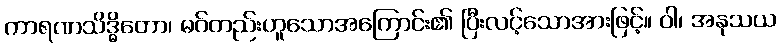
ကာရဏသိဒ္ဓိတော၊ မဂ်တည်းဟူသောအကြောင်း၏ ပြီးလင့်သောအားဖြင့်။ ဝါ၊ အနုသယ